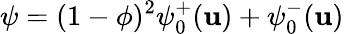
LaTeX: \psi=(1-\phi)^{2}\psi_{0}^{+}(\mathbf{u})+\psi_{0}^{-}(\mathbf{u})